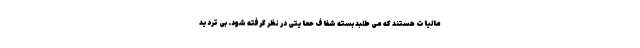
مالیات هستند که می طلبد بسته شفاف حمایتی در نظر گرفته شود. بی تردید